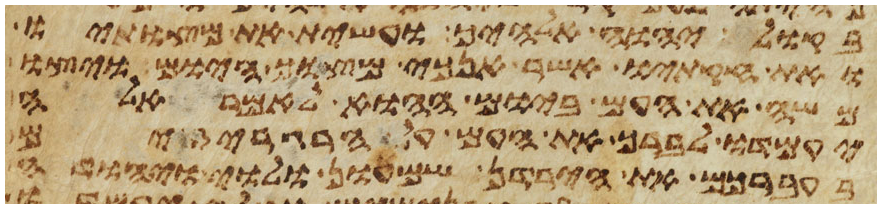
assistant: בקול יהוה אלהיך ועשית את מצותיו
ואת חקתיו אשר אנכי מצוך היום ויצו
משה את העם ביום ההוא לאמר אלה
יעמדו לברך את העם על הרגריזים
בעברכם את הירדן שמעון ולוי יהודה